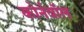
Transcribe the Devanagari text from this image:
कोर्नवॉल